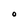
Character: O